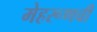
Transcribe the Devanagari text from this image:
मेहरूणची